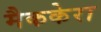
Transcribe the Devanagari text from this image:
मैककेरा